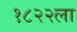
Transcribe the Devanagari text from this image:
१८२२ला